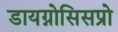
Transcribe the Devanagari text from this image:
डायग्नोसिसप्रो